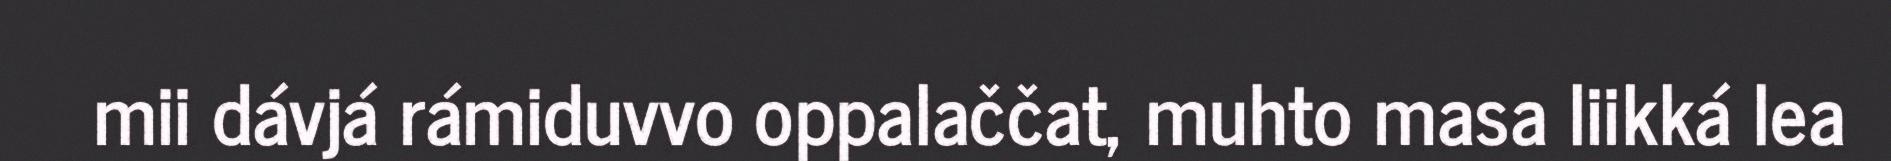
mii dávjá rámiduvvo oppalaččat, muhto masa liikká lea